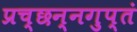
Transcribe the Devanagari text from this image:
प्रच्छन्नगुप्तं